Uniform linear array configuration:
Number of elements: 32
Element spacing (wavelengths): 0.25
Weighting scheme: binomial
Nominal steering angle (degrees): -15
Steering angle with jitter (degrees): -15.262
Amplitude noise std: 0.05
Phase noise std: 0.05

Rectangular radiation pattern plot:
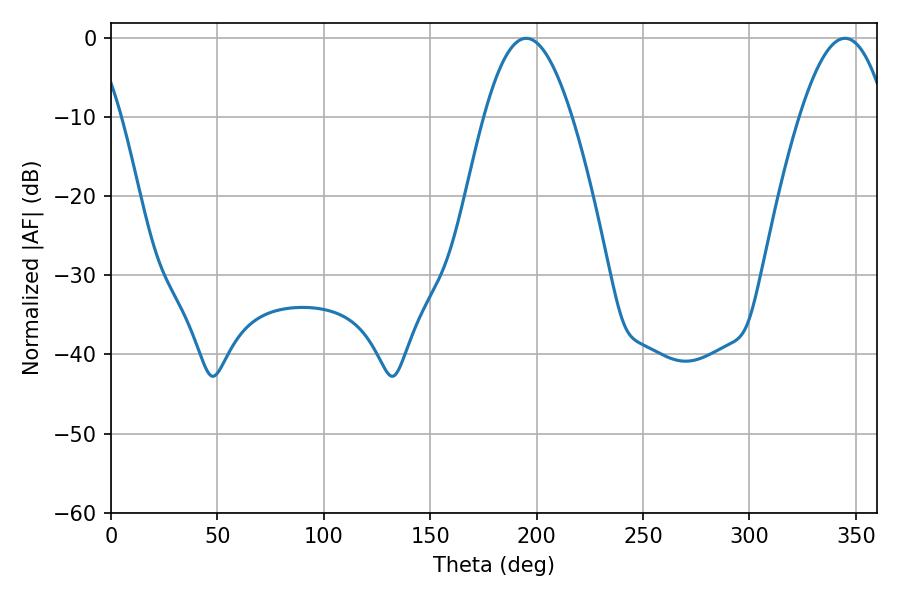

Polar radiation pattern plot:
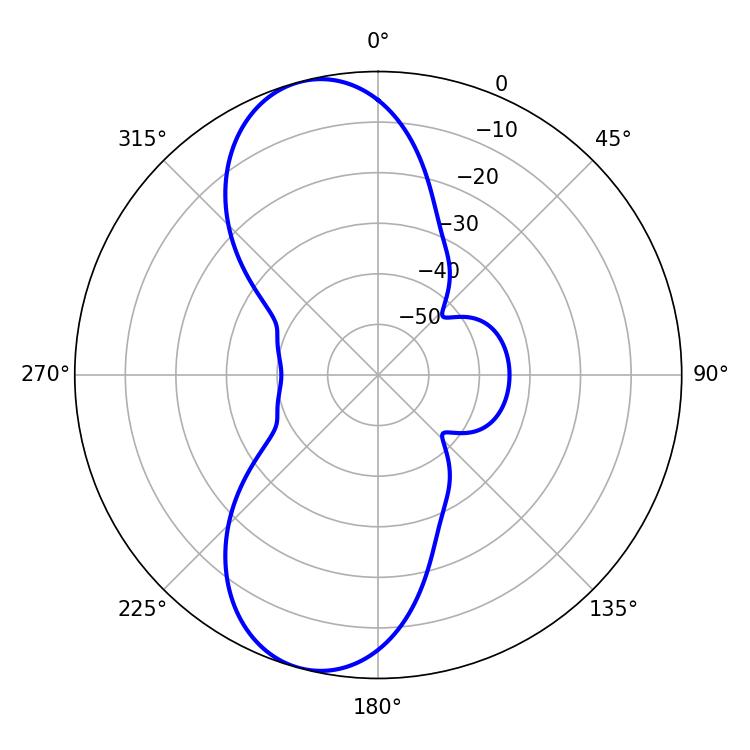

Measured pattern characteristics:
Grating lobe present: FALSE
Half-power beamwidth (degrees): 22.32
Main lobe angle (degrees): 195.12